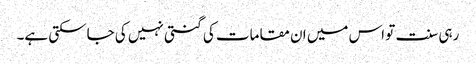
رہی سنت تو اس میں ان مقامات کی گنتی نہیں کی جاسکتی ہے۔